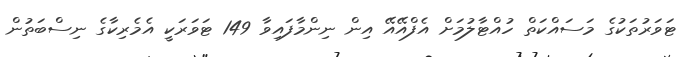
ޓަވަރުތަކުގެ މަސައްކަތް ހުއްޓާލުމަށް އެފްއޭއޭ އިން ނިންމާފައިވާ 149 ޓަވަރަކީ އެމެރިކާގެ ނިސްބަތުން